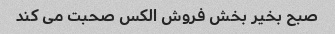
صبح بخیر بخش فروش الکس صحبت می کند